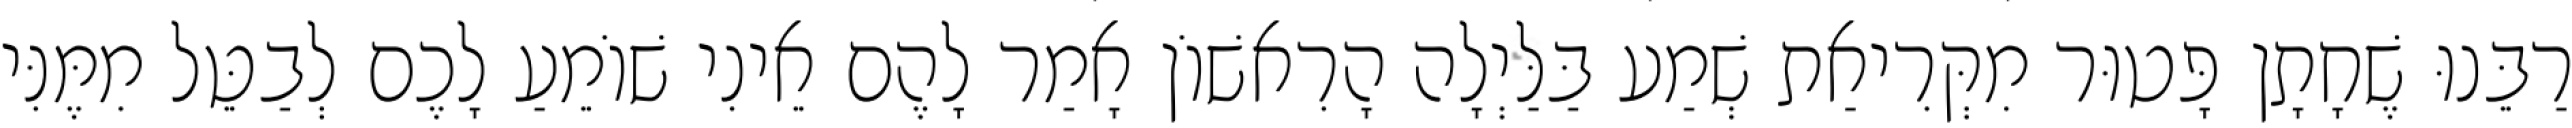
רַבֵּנוּ שֶׁחָתָן פָּטוּר מִקְּרִיאַת שְׁמַע בַּלַּיְלָה הָרִאשׁוֹן אָמַר לָהֶם אֵינִי שׁוֹמֵעַ לָכֶם לְבַטֵּל מִמֶּנִּי